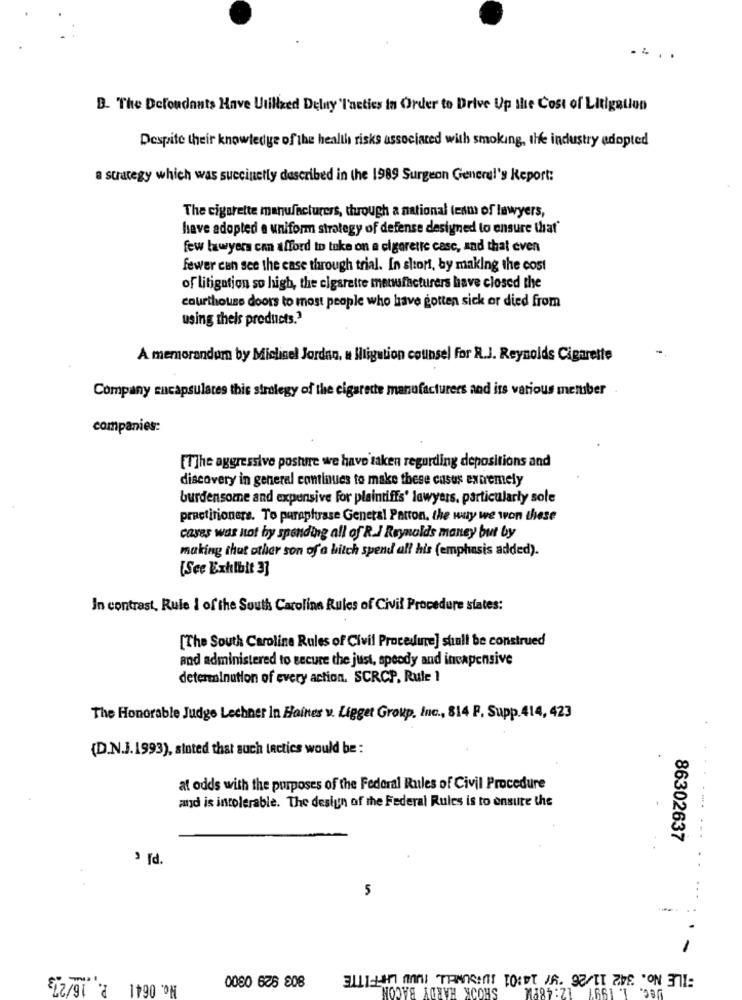
B. The Defoudants Have Utilized Delny 'l'actics in Order to Drive Up the Cost of Litigation
Despite their knowledge of the health risks associated with smoking, the industry adopted
a strategy which was succinctly described in the 1989 Surgeon General's Report:
The cigarette manufacturers, through a national team of lawyers,
have adopted e uniform strategy of defense designed to ensure that'
few lawyers can afford to take on a cigarette casc, and that even
fewer can see the case through trial. In short, by making the cost
of litigation so high, the cigarette manufacturers have closed the
courthouse doors to most people who have gotten sick or died from
using theis products."
A memorandum by Mielinel Jordan, u litigation cotinsel for R.J. Reynolds Cigarette
Company Encapsulares this strategy of the cigarette manufacturers and its various member
companies:
[T]he aggressive posture we have taken regarding depositions and
discovery in general continues to make these casus extremely
burdensome and expensive For plaintiffs' lawyers, particularly sole
practitioners. To paraphrase General Parton, the way we won these
caves was not by spending all of R.J Reynolds maney but by
making that other son of a bitch spend all his (emphasis added).
[Sce Exhibit 3]
In contrast, Rule I of the South Carolina Rules of Civil Procedure states:
[The South Carolina Rules of Civil Procedure] shall be construed
and administered to secure the just, speedy and incapensive
determinution of every action. SCRCP, Rule 1
The Honorable Judge Lechner In Haines v. Ligget Group, Inc ., 814 P. Supp.414, 423
(D.N.J.1993), stated that such tactics would be :
at odds with the purposes of the Federal Rules of Civil Procedure
and is intolerable. The design of the Federal Rules is to ensure the
86302637
3 [d.
5
...
-
No. 0641 P. 16/273
BILE No. 342 11/26 "y/ 14:01 BUSSUMELL, INUD LAFFITTE
SHOOK HARDY BACON_
12:48PM
Jec.
1.661 *T